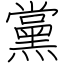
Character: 黨